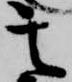
其